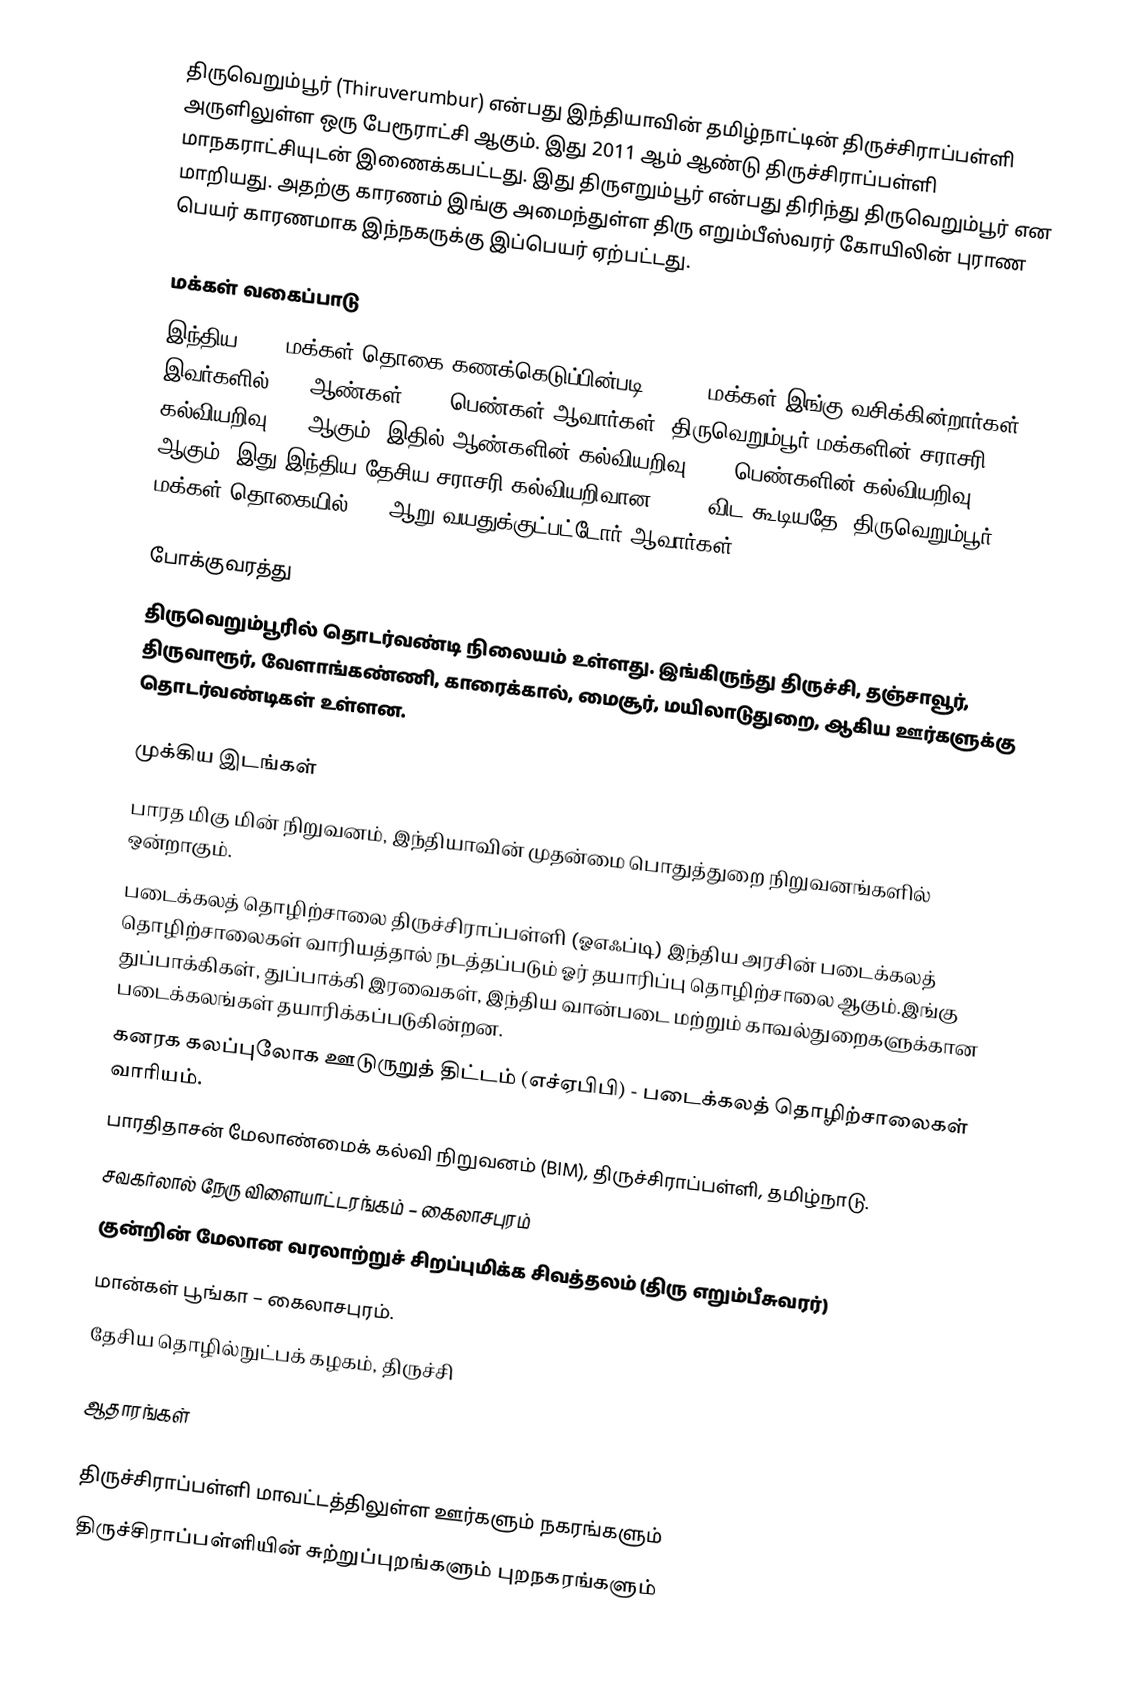
திருவெறும்பூர் (Thiruverumbur) என்பது இந்தியாவின் தமிழ்நாட்டின் திருச்சிராப்பள்ளி அருளிலுள்ள ஒரு பேரூராட்சி ஆகும். இது 2011 ஆம் ஆண்டு திருச்சிராப்பள்ளி மாநகராட்சியுடன் இணைக்கபட்டது.  இது திருஎறும்பூர் என்பது திரிந்து திருவெறும்பூர் என மாறியது. அதற்கு காரணம் இங்கு அமைந்துள்ள திரு எறும்பீஸ்வரர் கோயிலின் புராண பெயர் காரணமாக இந்நகருக்கு இப்பெயர் ஏற்பட்டது.

மக்கள் வகைப்பாடு
இந்திய 2001 மக்கள் தொகை கணக்கெடுப்பின்படி 16,835 மக்கள் இங்கு வசிக்கின்றார்கள். இவர்களில் 50% ஆண்கள், 50% பெண்கள் ஆவார்கள். திருவெறும்பூர் மக்களின் சராசரி கல்வியறிவு 78% ஆகும், இதில் ஆண்களின் கல்வியறிவு 84%, பெண்களின் கல்வியறிவு 72% ஆகும். இது இந்திய தேசிய சராசரி கல்வியறிவான 59.5% விட கூடியதே. திருவெறும்பூர் மக்கள் தொகையில் 11% ஆறு வயதுக்குட்பட்டோர் ஆவார்கள்.

போக்குவரத்து
திருவெறும்பூரில் தொடர்வண்டி நிலையம் உள்ளது. இங்கிருந்து திருச்சி, தஞ்சாவூர், திருவாரூர், வேளாங்கண்ணி, காரைக்கால், மைசூர், மயிலாடுதுறை, ஆகிய ஊர்களுக்கு தொடர்வண்டிகள் உள்ளன.

முக்கிய இடங்கள்
 பாரத மிகு மின் நிறுவனம், இந்தியாவின் முதன்மை பொதுத்துறை நிறுவனங்களில் ஒன்றாகும்.
 படைக்கலத் தொழிற்சாலை திருச்சிராப்பள்ளி (ஓஎஃப்டி) இந்திய அரசின் படைக்கலத் தொழிற்சாலைகள் வாரியத்தால் நடத்தப்படும் ஓர் தயாரிப்பு தொழிற்சாலை ஆகும்.இங்கு துப்பாக்கிகள், துப்பாக்கி இரவைகள், இந்திய வான்படை மற்றும் காவல்துறைகளுக்கான படைக்கலங்கள் தயாரிக்கப்படுகின்றன.
 கனரக கலப்புலோக ஊடுருறுத் திட்டம் (எச்ஏபிபி) -  படைக்கலத் தொழிற்சாலைகள் வாரியம்.
 பாரதிதாசன் மேலாண்மைக் கல்வி நிறுவனம் (BIM), திருச்சிராப்பள்ளி, தமிழ்நாடு.
 சவகர்லால் நேரு விளையாட்டரங்கம் – கைலாசபுரம்
 குன்றின் மேலான வரலாற்றுச் சிறப்புமிக்க சிவத்தலம்  (திரு எறும்பீசுவரர்)
 மான்கள் பூங்கா  – கைலாசபுரம்.
 தேசிய தொழில்நுட்பக் கழகம், திருச்சி

ஆதாரங்கள்

திருச்சிராப்பள்ளி மாவட்டத்திலுள்ள ஊர்களும் நகரங்களும்
திருச்சிராப்பள்ளியின் சுற்றுப்புறங்களும் புறநகரங்களும்